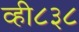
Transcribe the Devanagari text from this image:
व्ही८३८